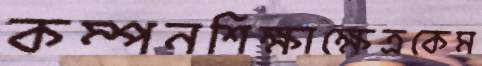
কম্পনশিক্ষাক্ষেত্রকেম